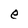
Character: e